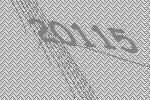
20115